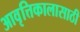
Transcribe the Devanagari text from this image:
आवृत्तिकालासाठी